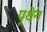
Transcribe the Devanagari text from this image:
पूथेन